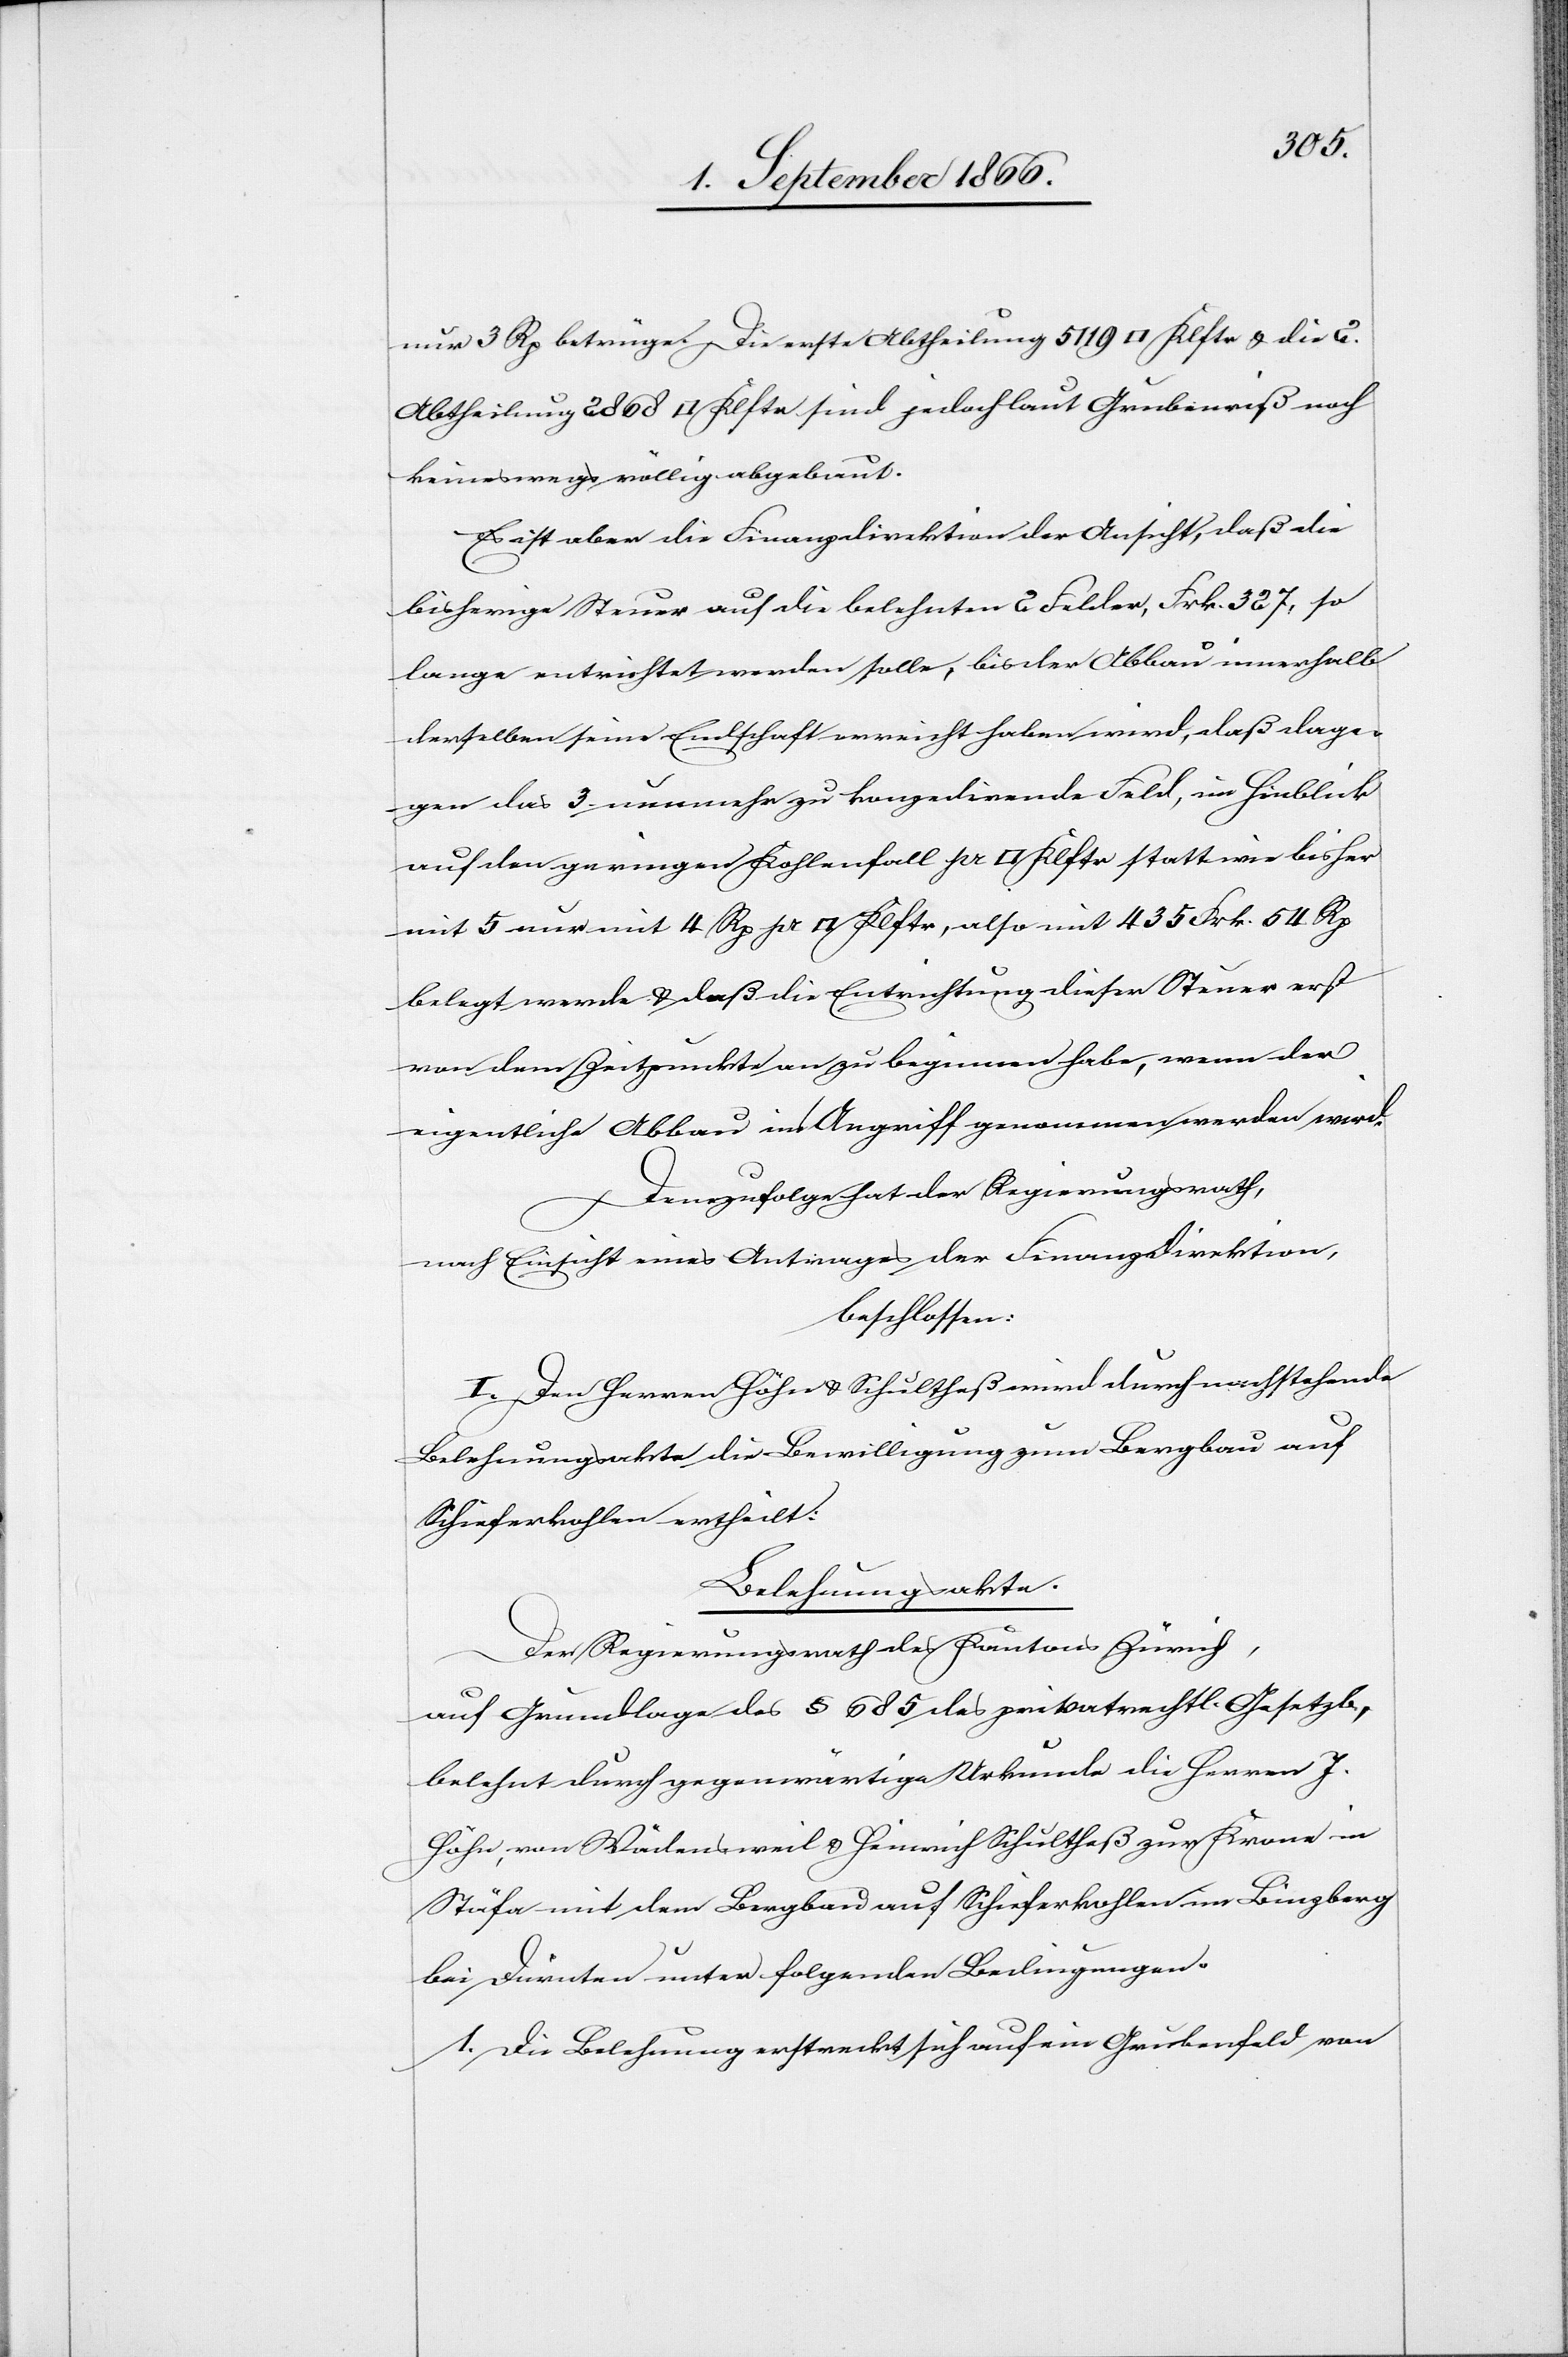
nur 3 Rp betrüge. Die erste Abtheilung 5119 [Quadratklafter] u. die 2.
Abtheilung 2868 [Quadratklafter] sind jedoch laut Grubenriß noch
keineswegs völlig abgebaut.
Es ist aber die Finanzdirektion der Ansicht, daß die
bisherige Steuer auf die belehnten 2 Felder, Frk. 327, so
lange entrichtet werden solle, bis der Abbau innerhalb
derselben seine Endschaft erreicht haben wird, daß dage¬
gen das 3. nunmehr zu konzedirende Feld, im Hinblick
auf den geringen Kohlenfall pr [Quadratklafter] statt wie bisher
mit 5 nur mit 4 Rp. pr. [Quadratklafter], also mit 435 Frk. 54. Rp.
belegt werde u. daß die Entrichtung dieser Steuer erst
von dem Zeitpunkte an zu beginnen habe, wenn der
eigentliche Abbau in Angriff genommen werden wird.
Demzufolge hat der Regierungsrath,
nach Einsicht eines Antrages der Finanzdirektion,
beschlossen:
I. Den Herren Höhn u. Schultheß wird durch nachstehende
Belehnungsakte die Bewilligung zum Bergbau auf
Schieferkohle ertheilt:
Belehnungsakte.
Der Regierungsrath des Kantons Zürich,
auf Grundlage des § 685 des privatrechtl. Gesetzes,
belehnt durch gegenwärtige Urkunde die Herren J.
Höhn, von Wädensweil u. Heinrich Schultheß zur Krone in
Stäfa mit dem Bergbau auf Schieferkohle im Binzberg
bei Dürnten unter folgenden Bedingungen:
1. Die Belehnung erstreckt sich auf ein Grubenfeld von